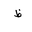
Letter: _za